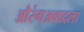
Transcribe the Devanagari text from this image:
औरंगअबादला